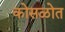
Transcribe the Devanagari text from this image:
कोसळोत